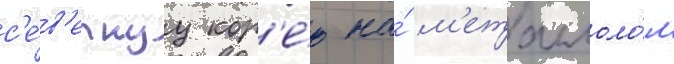
с'е́в'ернуу кор'е́ю на́ м'еталлоло́м